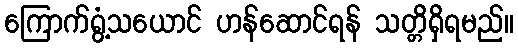
ကြောက်ရွံ့သယောင် ဟန်ဆောင်ရန် သတ္တိရှိရမည်။